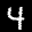
Label: 4